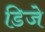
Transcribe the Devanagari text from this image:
डिजे